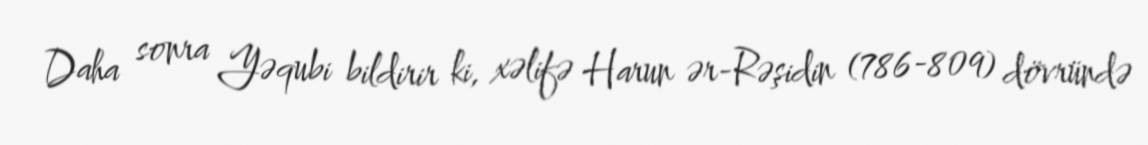
Daha sonra Yəqubi bildirir ki, xəlifə Harun ər-Rəşidin (786-809) dövründə